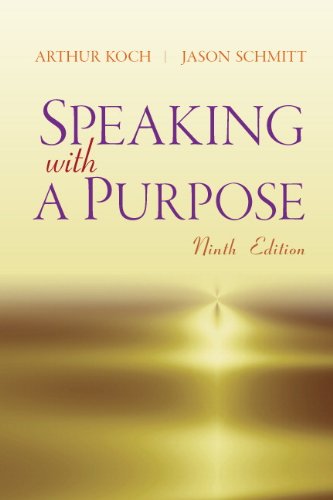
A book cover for Speaking with a Purpose (9th Edition); Arthur Koch; Reference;